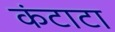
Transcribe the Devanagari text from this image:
कंटाटा